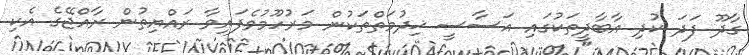
ގާދޫ ފަދަ ކުދި އާބާދީތަކުގައި އަސާސީ ޚިދުމަތްތަކުން މަރުހޫމުވެފައިވާ ރައްޔިތުން ރާއްޖޭގެ އެކި